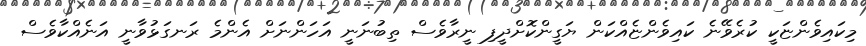
މިކައިވެންޏަކީ ކުރެވޭނެ ކައިވެންޏެއްކަން ޔަގީންކޮށްދީފި ނީރާވެސް ތިބުނަނީ އަހަންނަށް އެންމެ ރަނގަޅުވާނީ އަނެއްކާވެސް